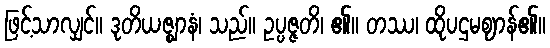
ဖြင့်သာလျှင်။ ဒုတိယဇ္ဈာနံ၊ သည်။ ဥပ္ပဇ္ဇတိ၊ ၏။ တဿ၊ ထိုပဌမဈာန်၏။